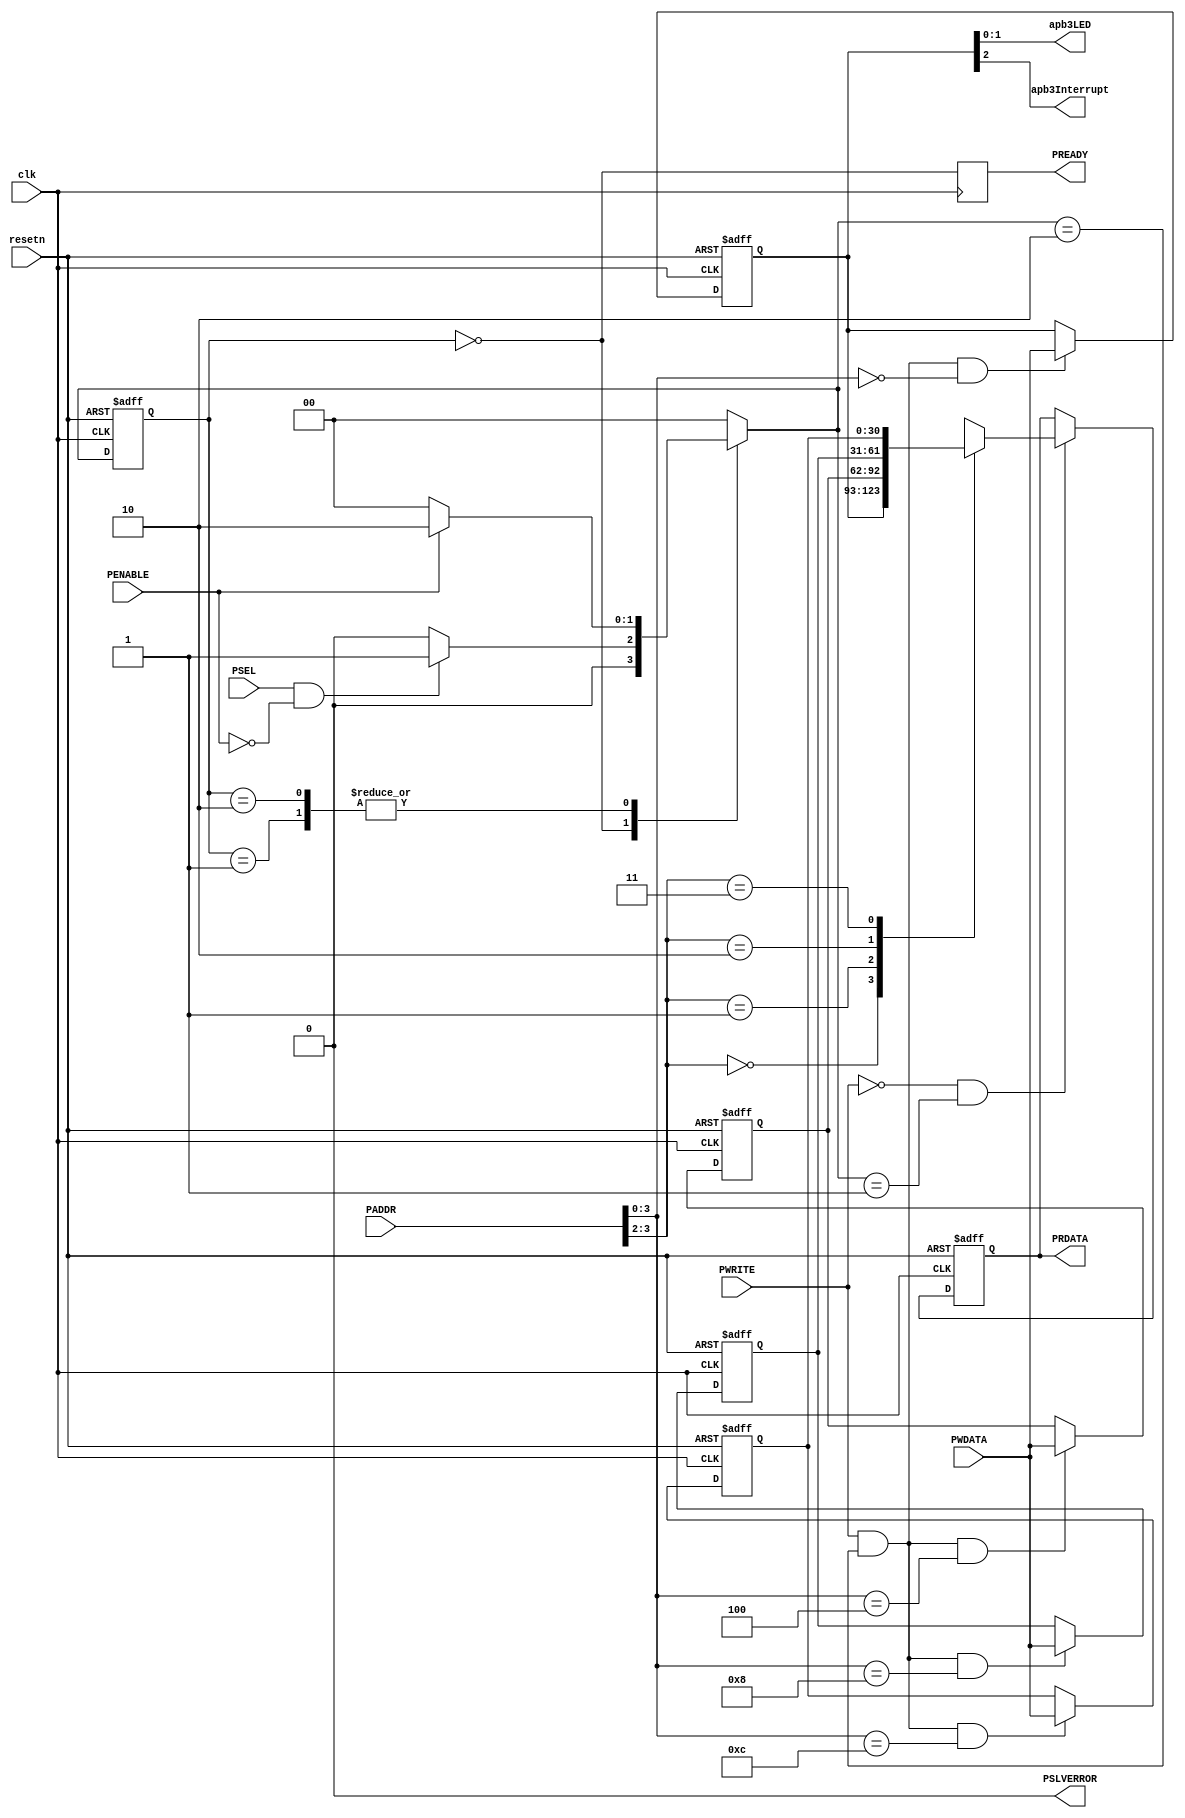
/////////////////////////////////////////////////////////////////////////////
//
// Copyright (C) 2013-2020 Efinix Inc. All rights reserved.
//
// Description:
// A simple apb3 slave wrapper example design to interface with soc apb3
// signals
//
// Language:  Verilog 2001
//
// ------------------------------------------------------------------------------
// REVISION:
//  $Snapshot: $
//  $Id:$
//
// History:
// 1.0 Initial Release. 
/////////////////////////////////////////////////////////////////////////////////
`timescale 1ns / 1ps

module apb3_slave #(
	// user parameter starts here
	//
	parameter	ADDR_WIDTH	= 12,
	parameter	DATA_WIDTH	= 31,
	parameter	NUM_REG		= 4
) (
	// user logic starts here
	output [1:0] 			apb3LED,
	output				apb3Interrupt,
	//
	input				clk,
	input				resetn,
	input	[ADDR_WIDTH-1:0]	PADDR,
	input				PSEL,
	input				PENABLE,
	output				PREADY,
	input				PWRITE,
	input 	[DATA_WIDTH-1:0] 	PWDATA,
	output	[DATA_WIDTH-1:0] 	PRDATA,
	output				PSLVERROR

);


///////////////////////////////////////////////////////////////////////////////

localparam [1:0]	IDLE   = 2'b00,
			SETUP  = 2'b01,
			ACCESS = 2'b10;

reg [1:0] 		busState, 
			busNext;
reg [DATA_WIDTH-1:0]	slaveReg [0:NUM_REG-1];
reg [DATA_WIDTH-1:0]	slaveRegOut;
reg			slaveReady;
wire	 		actWrite,
			actRead;
integer			byteIndex;


///////////////////////////////////////////////////////////////////////////////

	always@(posedge clk or negedge resetn)
	begin
		if(!resetn) 
			busState <= IDLE; 
		else
			busState <= busNext; 
	end

	always@(*)
	begin
		busNext = busState;

		case(busState)
			IDLE:
			begin
				if(PSEL && !PENABLE)
					busNext = SETUP;
				else
					busNext = IDLE;
			end
			SETUP:
			begin
				if(PENABLE)
					busNext = ACCESS;
				else
					busNext = IDLE;
			end
			ACCESS:
			begin
				if(PENABLE)
					busNext = ACCESS;
				else
					busNext = IDLE;
			end
			default:
			begin
				busNext = IDLE;
			end
		endcase
	end


	assign actWrite = PWRITE  & (busNext == ACCESS);
	assign actRead  = !PWRITE & (busNext == SETUP);
	assign PSLVERROR = 1'b0; //FIXME
	assign PRDATA = slaveRegOut;
	assign PREADY = slaveReady;

	always@ (posedge clk)
	begin
		slaveReady <= (busState == IDLE);
	end

	always@ (posedge clk or negedge resetn)
	begin
		if(!resetn)
			for(byteIndex = 0; byteIndex < NUM_REG; byteIndex = byteIndex + 1)
			slaveReg[byteIndex] <= {{DATA_WIDTH}{1'b0}};
		else begin
			for(byteIndex = 0; byteIndex < NUM_REG; byteIndex = byteIndex + 1)
			if(actWrite && PADDR[3:0] == (byteIndex*4))
				slaveReg[byteIndex] <= PWDATA;
			else
				slaveReg[byteIndex] <= slaveReg[byteIndex];
				
		end

	end

	always@ (posedge clk or negedge resetn)
	begin
		if(!resetn)
			slaveRegOut <= {{DATA_WIDTH}{1'b0}};
		else begin
			if(actRead)
				slaveRegOut <= slaveReg[PADDR[7:2]];
			else
				slaveRegOut <= slaveRegOut;
				
		end

	end

	//custom logic starts here
	assign apb3LED 		= slaveReg[0][1:0];
	assign apb3Interrupt 	= slaveReg[0][2];
	//
endmodule

//////////////////////////////////////////////////////////////////////////////
// Copyright (C) 2013-2020 Efinix Inc. All rights reserved.
//
// This   document  contains  proprietary information  which   is
// protected by  copyright. All rights  are reserved.  This notice
// refers to original work by Efinix, Inc. which may be derivitive
// of other work distributed under license of the authors.  In the
// case of derivative work, nothing in this notice overrides the
// original author's license agreement.  Where applicable, the 
// original license agreement is included in it's original 
// unmodified form immediately below this header.
//
// WARRANTY DISCLAIMER.  
//     THE  DESIGN, CODE, OR INFORMATION ARE PROVIDED AS IS AND 
//     EFINIX MAKES NO WARRANTIES, EXPRESS OR IMPLIED WITH 
//     RESPECT THERETO, AND EXPRESSLY DISCLAIMS ANY IMPLIED WARRANTIES, 
//     INCLUDING, WITHOUT LIMITATION, THE IMPLIED WARRANTIES OF 
//     MERCHANTABILITY, NON-INFRINGEMENT AND FITNESS FOR A PARTICULAR 
//     PURPOSE.  SOME STATES DO NOT ALLOW EXCLUSIONS OF AN IMPLIED 
//     WARRANTY, SO THIS DISCLAIMER MAY NOT APPLY TO LICENSEE.
//
// LIMITATION OF LIABILITY.  
//     NOTWITHSTANDING ANYTHING TO THE CONTRARY, EXCEPT FOR BODILY 
//     INJURY, EFINIX SHALL NOT BE LIABLE WITH RESPECT TO ANY SUBJECT 
//     MATTER OF THIS AGREEMENT UNDER TORT, CONTRACT, STRICT LIABILITY 
//     OR ANY OTHER LEGAL OR EQUITABLE THEORY (I) FOR ANY INDIRECT, 
//     SPECIAL, INCIDENTAL, EXEMPLARY OR CONSEQUENTIAL DAMAGES OF ANY 
//     CHARACTER INCLUDING, WITHOUT LIMITATION, DAMAGES FOR LOSS OF 
//     GOODWILL, DATA OR PROFIT, WORK STOPPAGE, OR COMPUTER FAILURE OR 
//     MALFUNCTION, OR IN ANY EVENT (II) FOR ANY AMOUNT IN EXCESS, IN 
//     THE AGGREGATE, OF THE FEE PAID BY LICENSEE TO EFINIX HEREUNDER 
//     (OR, IF THE FEE HAS BEEN WAIVED, $100), EVEN IF EFINIX SHALL HAVE 
//     BEEN INFORMED OF THE POSSIBILITY OF SUCH DAMAGES.  SOME STATES DO 
//     NOT ALLOW THE EXCLUSION OR LIMITATION OF INCIDENTAL OR 
//     CONSEQUENTIAL DAMAGES, SO THIS LIMITATION AND EXCLUSION MAY NOT 
//     APPLY TO LICENSEE.
//
/////////////////////////////////////////////////////////////////////////////
/// Module        : apb3_slave.v
///////////////////////////////////////////////////////////////////////////////